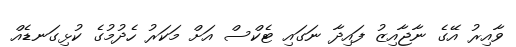
ވާއިރު އޭގެ ނާޖާއިޒު ފައިދާ ނަގައި ޓެކްސް އަށް މަކަރު ހެދުމުގެ ކުޅިގަނޑެއް